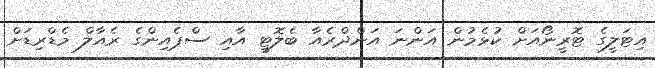
އިޓަލީގެ ޓޮރީނޯއަށް ކުޅެމުން އަންނަ އަންދްރެއާ ބެލޮޓީ އާއި ސްޕެއިންގެ ރެއާލް މެޑްރިޑަށް